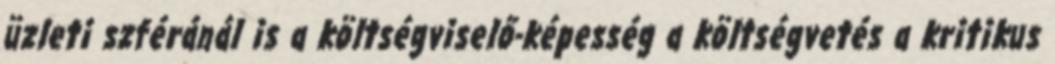
üzleti szféránál is a költségviselő-képesség a költségvetés a kritikus